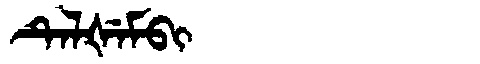
Manchu: ᡨᡝᠯᡧᡝᠮᠪᡳ
Romanization: TELŠEMBI